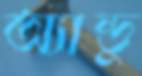
অ্যান্ডু